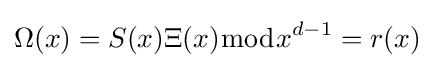
\Omega (x)=S(x)\Xi (x){\bmod {x}}^{d-1}=r(x)